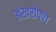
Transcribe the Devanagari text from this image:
अंखरोपण